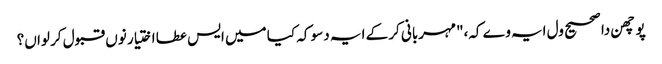
پوچھن دا صحیح ول ایہ وے کہ،"مہربانی کر کے ایہ دسو کہ کیا میں ایس عطا اختیار نوں قبول کر لواں؟